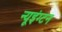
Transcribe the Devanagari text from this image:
न्यूइंग्टन